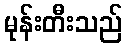
မုန်းတီးသည်